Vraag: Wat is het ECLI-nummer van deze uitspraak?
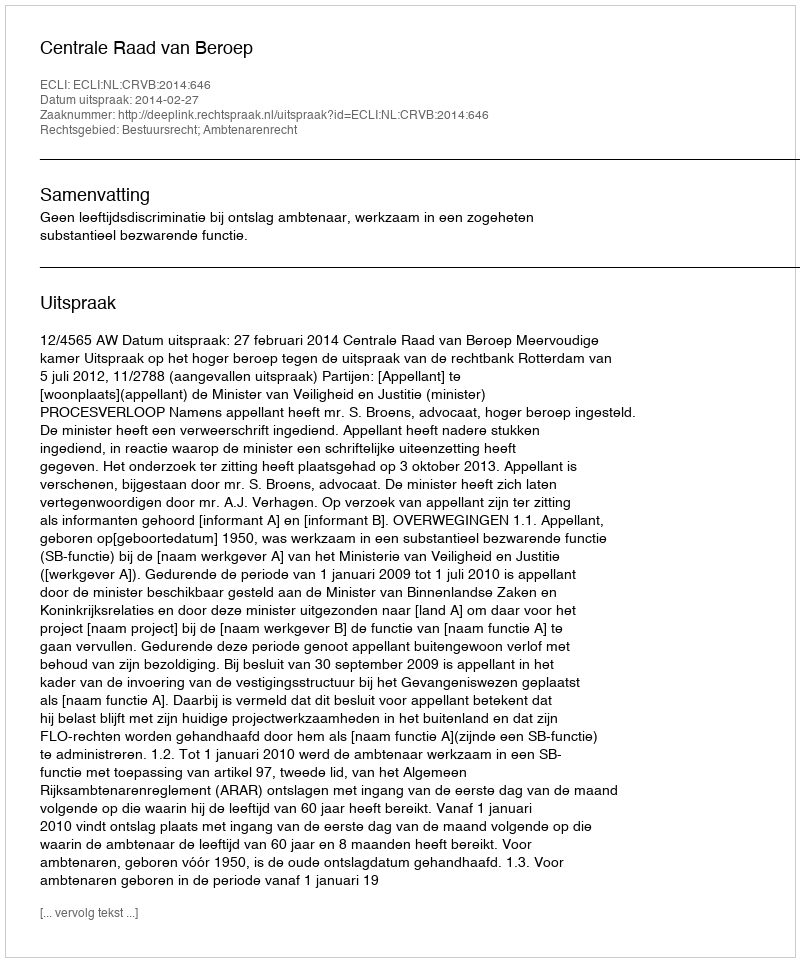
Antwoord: ECLI:NL:CRVB:2014:646